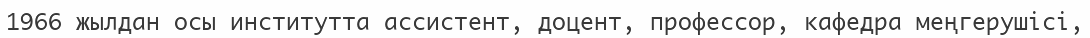
1966 жылдан осы институтта ассистент, доцент, профессор, кафедра меңгерушісі,